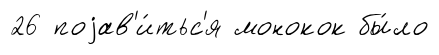
26 поjав'и́тьс'я монокок бы́ло